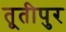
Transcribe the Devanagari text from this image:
तूतीपुर